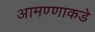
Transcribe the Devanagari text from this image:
आमण्णाकडे